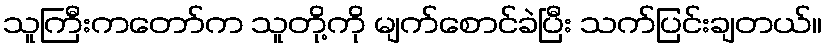
သူကြီးကတော်က သူတို့ကို မျက်စောင်ခဲပြီး သက်ပြင်းချတယ်။